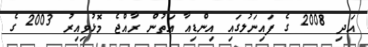
އަދި 2008 ގެ ފައިނަލުގައި އިންޑިއާ އަތުން ރާއްޖެ މޮޅުވިއިރު 2003 ގެ